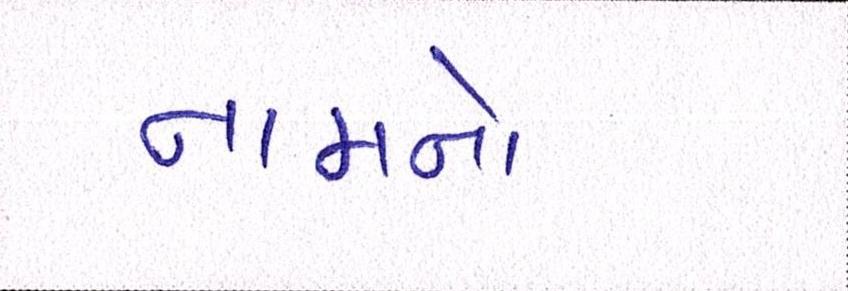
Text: નામનો